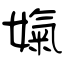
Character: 婅